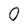
Character: 0